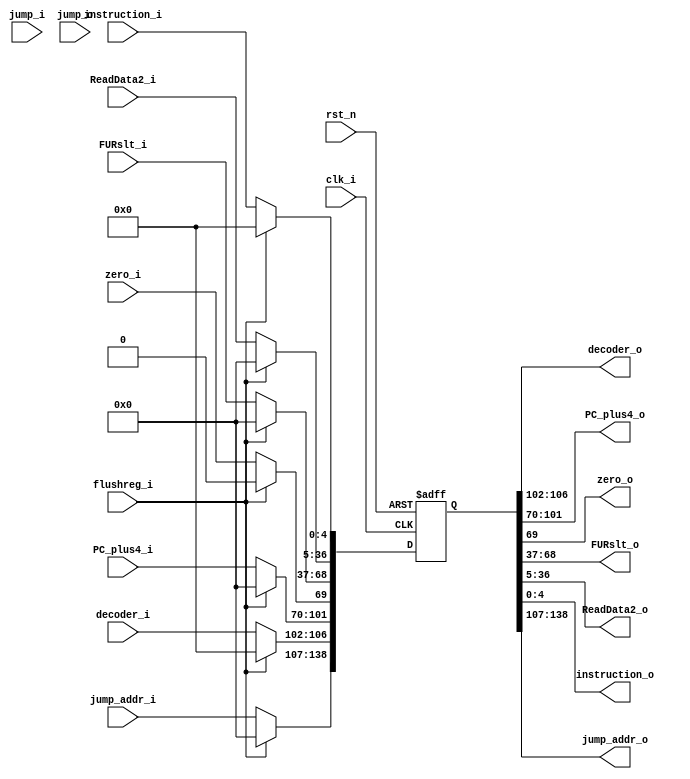
module reg_EX_MEM  (clk_i, rst_n, flushreg_i, decoder_i, PC_plus4_i, zero_i, FURslt_i, ReadData2_i, instruction_i, jump_addr_i, jump_i,
 decoder_o, PC_plus4_o, zero_o, FURslt_o, ReadData2_o, instruction_o, jump_addr_o, jump_o);

input wire clk_i, rst_n, flushreg_i;
input wire [5-1:0] decoder_i;
input wire [32-1:0] PC_plus4_i;
input wire zero_i;
input wire [32-1:0] FURslt_i;
input wire [32-1:0] ReadData2_i;
input wire [5-1:0] instruction_i;
input wire [32-1:0] jump_addr_i;
input wire jump_i;


output wire [5-1:0] decoder_o;
output wire [32-1:0] PC_plus4_o;
output wire zero_o;
output wire [32-1:0] FURslt_o;
output wire [32-1:0] ReadData2_o;
output wire [5-1:0] instruction_o;
output wire [32-1:0] jump_addr_o;
input wire jump_o;


reg [140-1:0] reg1,reg1_w;

always @(*) begin
	if( flushreg_i ) reg1_w = 140'd0;
	else begin
		reg1_w [139] = jump_i;
		reg1_w [138:107] = jump_addr_i;
		reg1_w [106:102] = decoder_i;
		reg1_w[101:70] = PC_plus4_i;
		reg1_w[69] = zero_i;
		reg1_w[68:37] = FURslt_i;
		reg1_w[36:5] = ReadData2_i;
		reg1_w[4:0] = instruction_i;
	end
end

always @(posedge clk_i or negedge rst_n) begin
	if(rst_n==0) begin
		reg1 <= 0;
	end
	else begin
		reg1 <= reg1_w;
	end
end


assign jump_o = reg1[139];
assign jump_addr_o = reg1[138:107];
assign decoder_o = reg1 [106:102];
assign PC_plus4_o = reg1[101:70];
assign zero_o = reg1[69];
assign FURslt_o = reg1[68:37];
assign ReadData2_o = reg1[36:5];
assign instruction_o = reg1[4:0];

endmodule